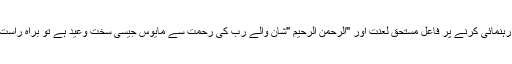
جب ہتھیار سے کسی کی طرف صرف اشارہ یا زبان سے رہنمائی کرنے پر فاعل مستحق لعنت اور "الرحمٰن الرحیم "شان والے رب کی رحمت سے مایوس جیسی سخت وعید ہے تو براہ راست حملہ کرنے والے پر اللہ تعالیٰ کس قدر ناراض ہوتا ہوگا؟